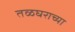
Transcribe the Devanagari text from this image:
तळघराच्या